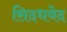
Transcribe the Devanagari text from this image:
सिदधवेद